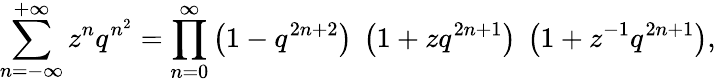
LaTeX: \sum_{n=-\infty}^{+\infty}z^{n}q^{n^{2}}=\prod_{n=0}^{\infty}\left(1-q^{2n+2}\right)~\left(1+zq^{2n+1}\right)~\left(1+z^{-1}q^{2n+1}\right),